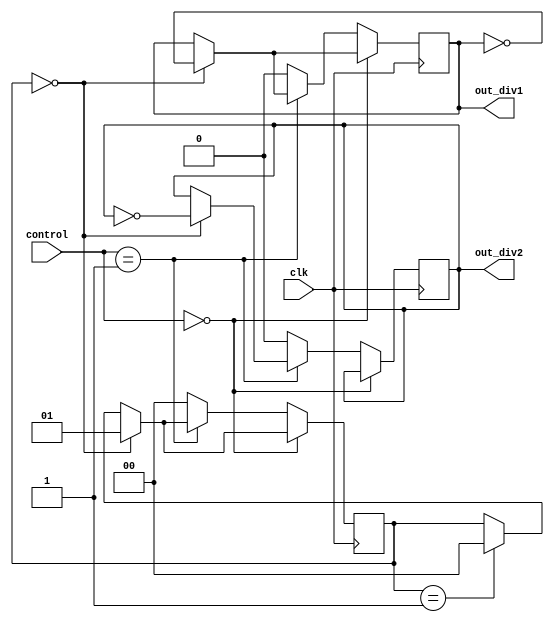
module dual_modulus_clock_divider (
  input wire clk,
  input wire [1:0] control,
  output reg out_div1,
  output reg out_div2
);

reg [1:0] counter;

always @(posedge clk) begin
  if (control == 2'b00) begin
    if (counter == 2'b00) begin
      out_div1 <= ~out_div1;
      counter <= 2'b01;
    end else if (counter == 2'b01) begin
      counter <= 2'b00;
    end
  end else if (control == 2'b01) begin
    if (counter == 2'b00) begin
      out_div1 <= ~out_div1;
      out_div2 <= ~out_div2;
      counter <= 2'b01;
    end else if (counter == 2'b01) begin
      counter <= 2'b00;
    end
  end else begin
    out_div1 <= 1'b0;
    out_div2 <= 1'b0;
    counter <= 2'b00;
  end
end

endmodule